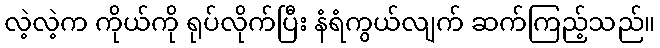
လဲ့လဲ့က ကိုယ်ကို ရုပ်လိုက်ပြီး နံရံကွယ်လျက် ဆက်ကြည့်သည်။